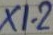
Text: X1-2